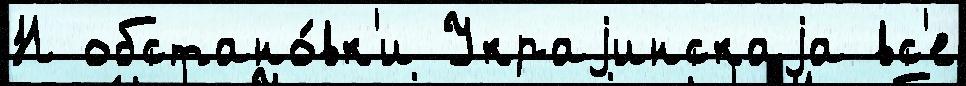
Н обстано́вк'и Украjинскаjа вс'е